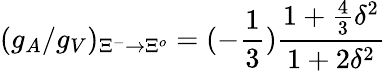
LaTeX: (g_{A}/g_{V})_{{\Xi}^{-}\rightarrow{\Xi}^{o}}=(-{\frac{1}{3}}){\frac{1+{\frac{4}{3}}{\delta}^{2}}{1+2{\delta}^{2}}}